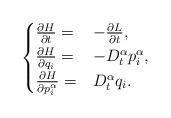
LaTeX: \begin{align*}\begin{cases}\frac{\partial H}{\partial t}= & -\frac{\partial L}{\partial t},\\\frac{\partial H}{\partial q_{i}}= & -D_{t}^{\alpha}p_{i}^{\alpha},\\\frac{\partial H}{\partial p_{i}^{\alpha}}= & D_{t}^{\alpha}q_{i}.\end{cases}\end{align*}